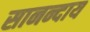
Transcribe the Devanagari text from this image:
सानन्दाय